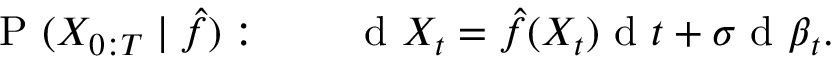
\mathrm { ~ P ~ } ( X _ { 0 : T } \mid \hat { f } ) : \qquad \mathrm { ~ d ~ } X _ { t } = \hat { f } ( X _ { t } ) \mathrm { ~ d ~ } t + \sigma \mathrm { ~ d ~ } \boldsymbol { \beta } _ { t } .